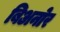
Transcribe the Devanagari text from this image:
बिअनोर